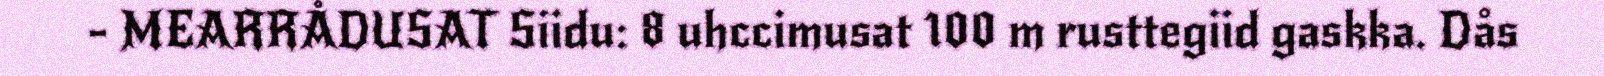
- MEARRÅDUSAT Siidu: 8 uhccimusat 100 m rusttegiid gaskka. Dås